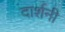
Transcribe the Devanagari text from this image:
दार्शनी